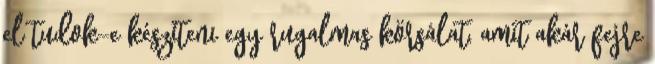
el tudok-e készíteni egy rugalmas körsálat, amit akár fejre